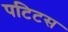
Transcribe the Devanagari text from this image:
पटिटस